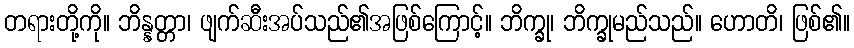
တရားတို့ကို။ ဘိန္နတ္တာ၊ ဖျက်ဆီးအပ်သည်၏အဖြစ်ကြောင့်။ ဘိက္ခု၊ ဘိက္ခုမည်သည်။ ဟောတိ၊ ဖြစ်၏။